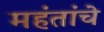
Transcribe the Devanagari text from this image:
महंतांचे